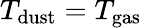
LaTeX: T_{\mathrm{{dust}}}=T_{\mathrm{{gas}}}